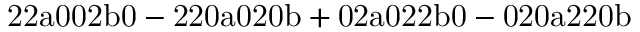
\mathrm { 2 2 a 0 0 2 b 0 - 2 2 0 a 0 2 0 b + 0 2 a 0 2 2 b 0 - 0 2 0 a 2 2 0 b }